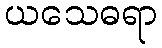
ယသေဓရာ